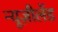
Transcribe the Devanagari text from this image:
न्यूज़ीलेंड